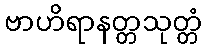
ဗာဟိရာနတ္တသုတ္တံ